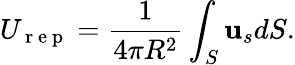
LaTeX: U_{\mathrm{~r~e~p~}}=\frac{1}{4\pi R^{2}}\int_{S}{\textbf{u}_{s}dS}.